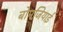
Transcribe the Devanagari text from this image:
बोमजियाई